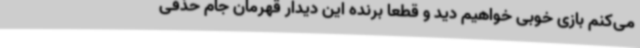
می‌کنم بازی خوبی خواهیم دید و قطعا برنده این دیدار قهرمان جام حذفی